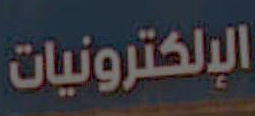
الإلكترونيات